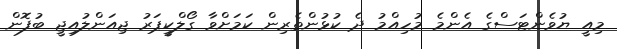
މިއީ ޔުވެންޓަސްގެ އެންމެ މުހިއްމު ދެ ކުޅުންތެރިން ކަމަށްވާ ގޯލްކީޕަރު ޖިއަންލުއިޖީ ބުފޮން